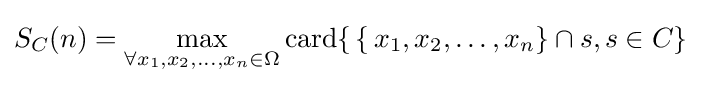
S_{C}(n)=\max _{\forall x_{1},x_{2},\dots ,x_{n}\in \Omega }\operatorname {card} \{\,\{\,x_{1},x_{2},\dots ,x_{n}\}\cap s,s\in C\}